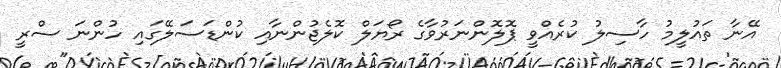
އޭނާ ތައުލީމު ހާސިލު ކުރެއްވީ ޕޮލޮންނަރުވާގެ ރޯޔަލް ކޮލެޖުންނާއި ކުންޑަސަލޭގައި ހުންނަ ސްރީ